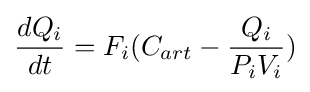
{dQ_{i} \over dt}=F_{i}(C_{art}-{{Q_{i}} \over {P_{i}V_{i}}})